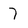
Character: 7